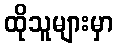
ထိုသူများမှာ